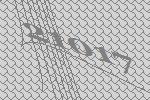
21017